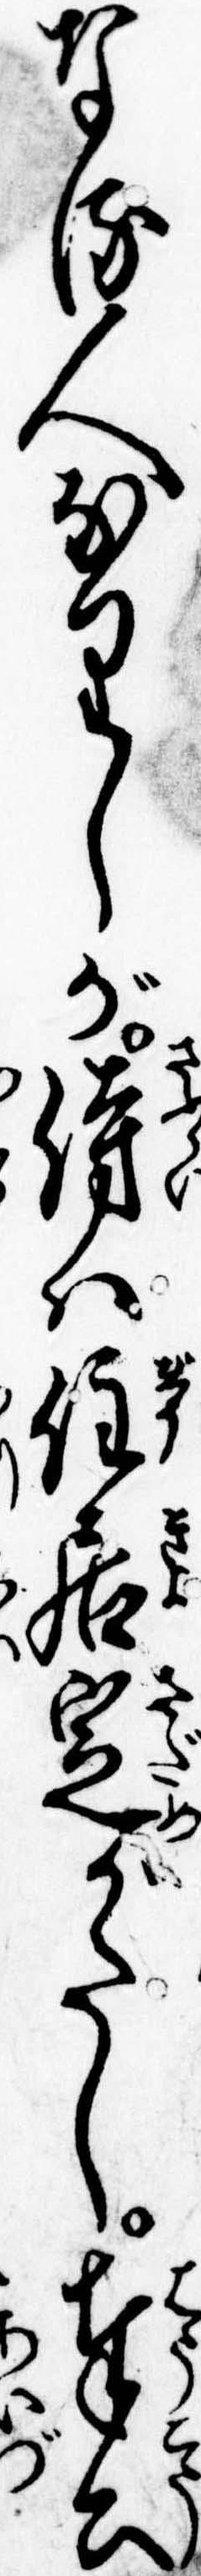
なる人なりしが侍は住居定がたし奉公